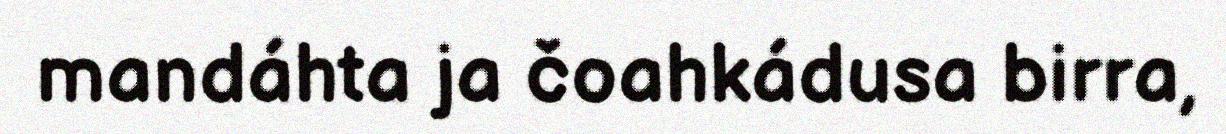
mandáhta ja čoahkádusa birra,